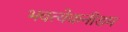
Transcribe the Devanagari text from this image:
भवत्येकनीडम